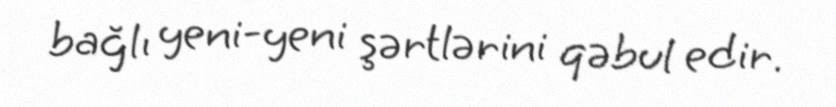
bağlı yeni-yeni şərtlərini qəbul edir.